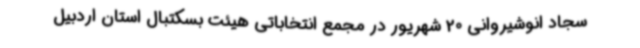
سجاد انوشیروانی 20 شهریور در مجمع انتخاباتی هیئت بسکتبال استان اردبیل